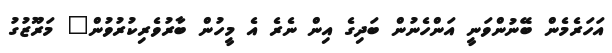
އަހަރެމެން ބޭނުންވަނީ އަންހެނުން ބަދިގެ އިން ނެރެ އެ މީހުން ބާރުވެރިކުރުވުން" މަރޫޒުގު